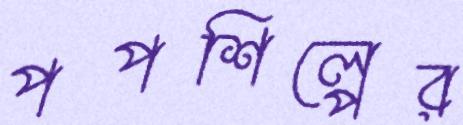
পপশিল্পের